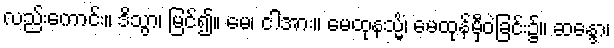
လည်းကောင်း။ ဒိသွာ၊ မြင်၍။ မေ၊ ငါအား။ မေထုနသ္မိံ၊ မေထုန်မှီဝဲခြင်း၌။ ဆန္ဒော၊